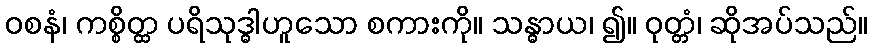
ဝစနံ၊ ကစ္စိတ္ထ ပရိသုဒ္ဓါဟူသော စကားကို။ သန္ဓာယ၊ ၍။ ဝုတ္တံ၊ ဆိုအပ်သည်။